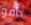
دافو